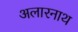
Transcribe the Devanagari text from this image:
अलारनाथ